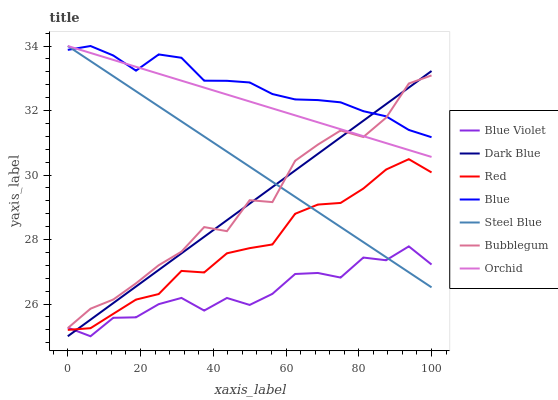
| xaxis_label | Blue Violet | Dark Blue | Red | Blue | Steel Blue | Bubblegum | Orchid |
 | --- | --- | --- | --- | --- | --- | --- | --- |
 | 0 | 25.3 | 25 | 25.2 | 33.9 | 34 | 25.3 | 34 |
 | 6.25 | 25 | 25.5 | 25.2 | 34 | 33.5 | 25.9 | 33.8 |
 | 12.5 | 25.6 | 26 | 25.7 | 33.7 | 33.1 | 26.1 | 33.6 |
 | 18.8 | 25.6 | 26.5 | 26.1 | 33.2 | 32.6 | 26.6 | 33.4 |
 | 25 | 26 | 27.1 | 26.3 | 33.7 | 32.1 | 27.2 | 33.1 |
 | 31.2 | 26.2 | 27.6 | 27 | 33.6 | 31.7 | 27.6 | 32.9 |
 | 37.5 | 25.8 | 28.1 | 27 | 32.9 | 31.2 | 28.4 | 32.7 |
 | 43.8 | 26.2 | 28.6 | 27.6 | 32.9 | 30.7 | 28.3 | 32.5 |
 | 50 | 26 | 29.1 | 27.7 | 32.9 | 30.3 | 29.2 | 32.3 |
 | 56.2 | 26.3 | 29.6 | 27.8 | 32.5 | 29.8 | 29.2 | 32.1 |
 | 62.5 | 26.9 | 30.1 | 28.8 | 32.3 | 29.3 | 30.4 | 31.8 |
 | 68.8 | 27 | 30.7 | 29.1 | 32.3 | 28.9 | 30.9 | 31.6 |
 | 75 | 26.8 | 31.2 | 29.1 | 32.3 | 28.4 | 31.4 | 31.4 |
 | 81.2 | 27.4 | 31.7 | 29.6 | 32 | 27.9 | 31.2 | 31.2 |
 | 87.5 | 27.4 | 32.2 | 30.2 | 31.8 | 27.5 | 31.8 | 31 |
 | 93.8 | 27.8 | 32.7 | 30.5 | 31.4 | 27 | 32.8 | 30.8 |
 | 100 | 27.2 | 33.2 | 30.1 | 31.2 | 26.5 | 33.1 | 30.6 |